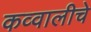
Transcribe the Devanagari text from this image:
कव्वालीचे